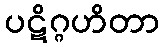
ပဋိဂ္ဂဟိတာ